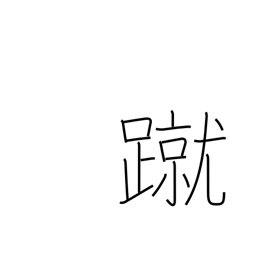
Meaning: kick